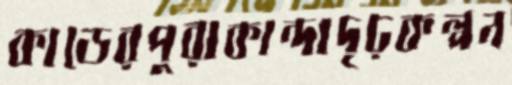
কাডেরপুরাকান্দাদৃঢ়কল্পন